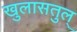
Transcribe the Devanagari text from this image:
खुलासतुल्